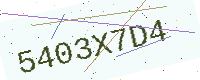
Text: 5403X7D4